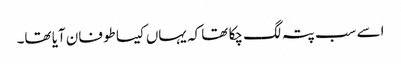
اسے سب پتہ لگ چکا تھا کہ یہاں کیسا طوفان آیا تھا۔